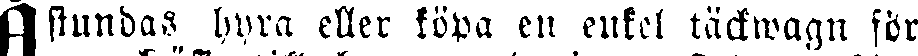
Åstundas hyra eller köpa en enkel täckwagn för